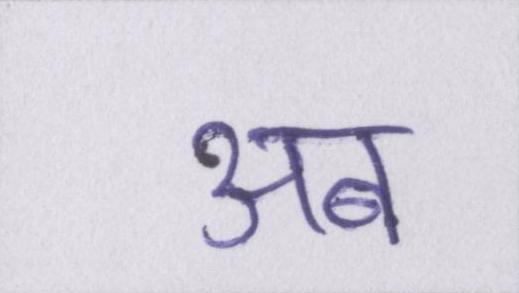
अब